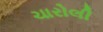
ચારોલી